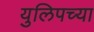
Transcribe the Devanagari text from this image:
युलिपच्या